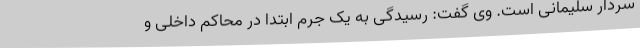
سردار سلیمانی است. وی گفت: رسیدگی به یک جرم ابتدا در محاکم داخلی و